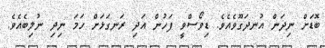
ބޮޑަށް ނިދަން އުނދަގޫވެއެވެ. ޑިވޯސްވީ ފަހުން އަދި ރަނގަޅަށް ހަމަ ނިދި ނުލިބެއެވެ.